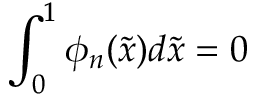
\int _ { 0 } ^ { 1 } \phi _ { n } ( { \tilde { x } } ) d { \tilde { x } } = 0